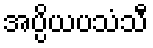
အပ္ပိယပသံသီ